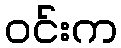
ဝင်းက